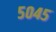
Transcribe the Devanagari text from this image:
५०४५